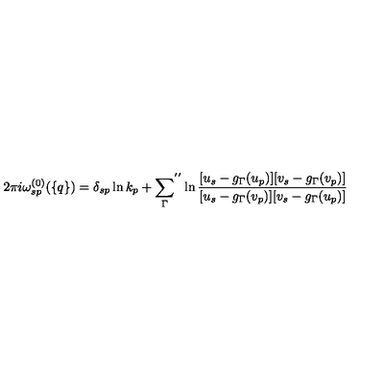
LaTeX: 2 \pi i \omega _ { s p } ^ { ( 0 ) } ( \{ q \} ) = \delta _ { s p } \ln k _ { p } + { \sum _ { \Gamma } } ^ { ' ^ { \prime } } \ln \frac { [ u _ { s } - g _ { \Gamma } ( u _ { p } ) ] [ v _ { s } - g _ { \Gamma } ( v _ { p } ) ] } { [ u _ { s } - g _ { \Gamma } ( v _ { p } ) ] [ v _ { s } - g _ { \Gamma } ( u _ { p } ) ] }